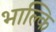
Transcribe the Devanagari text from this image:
भाल्कि